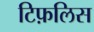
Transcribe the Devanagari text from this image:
टिफ़लिस